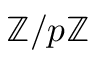
\mathbb { Z } / p \mathbb { Z }